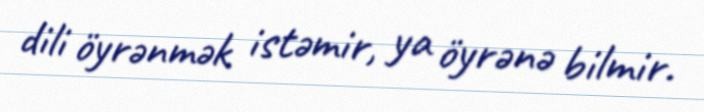
dili öyrənmək istəmir, ya öyrənə bilmir.